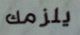
يلزمك